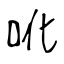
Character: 吪